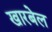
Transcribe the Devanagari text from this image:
खारबेल